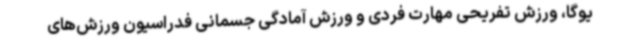
یوگا، ورزش تفریحی مهارت فردی و ورزش آمادگی جسمانی فدراسیون ورزش‌های